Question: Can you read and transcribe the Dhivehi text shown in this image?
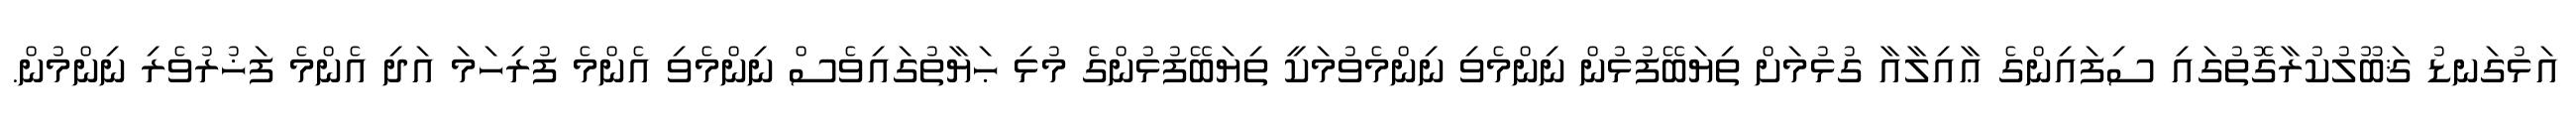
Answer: އަޅުގަނޑު ޤަބޫލުކުރާގޮތުގައި ސިފައިންގެ ޢާއިލާއާ ގުޅުމަށް ތިޔަބޭފުޅުން ނިންމެވި ނިންމެވުމަކީ ތިޔަބޭފުޅުންގެ މުޅި ޙަޔާތުގައިވެސް ނިންމެވި އެންމެ ފުރިހަމަ އަދި އެންމެ ފަޚުރުވެރި ނިންމުން.